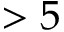
> 5